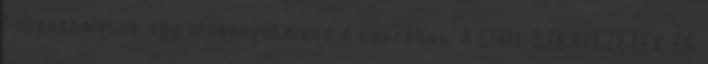
tapasztalatok egy olvasóvetélked ő tükrében. A CIVIL SZERVEZETEK ÉS